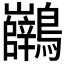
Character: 𪈖